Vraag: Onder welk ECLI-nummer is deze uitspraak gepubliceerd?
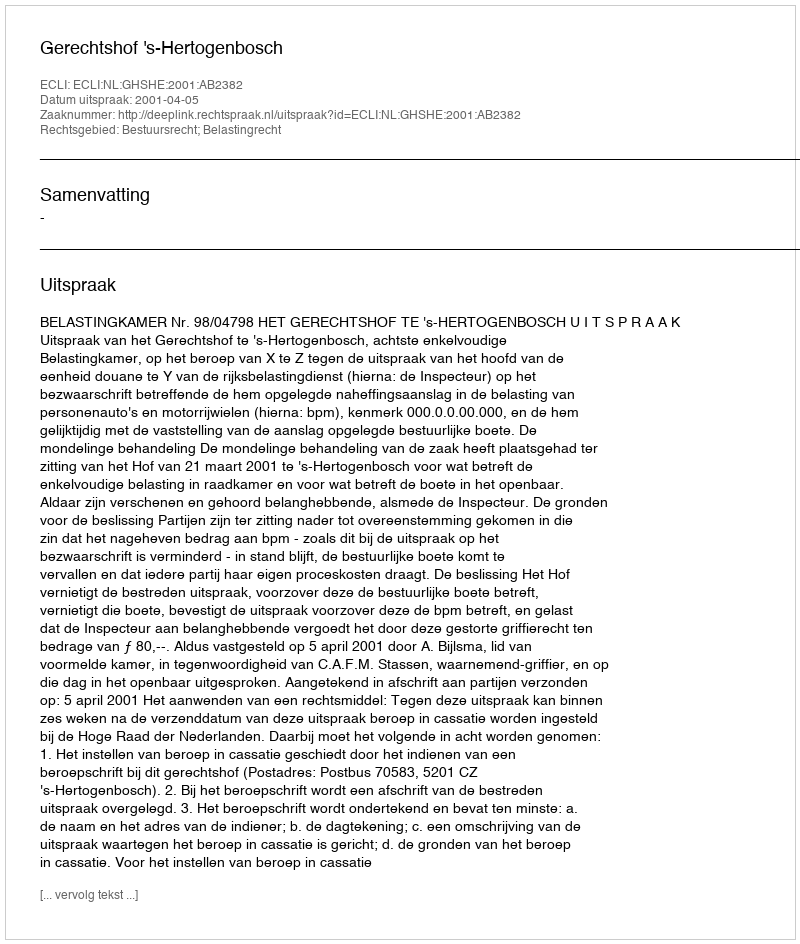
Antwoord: ECLI:NL:GHSHE:2001:AB2382